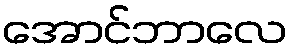
အောင်ဘာလေ